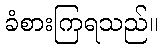
ခံစားကြရသည်။